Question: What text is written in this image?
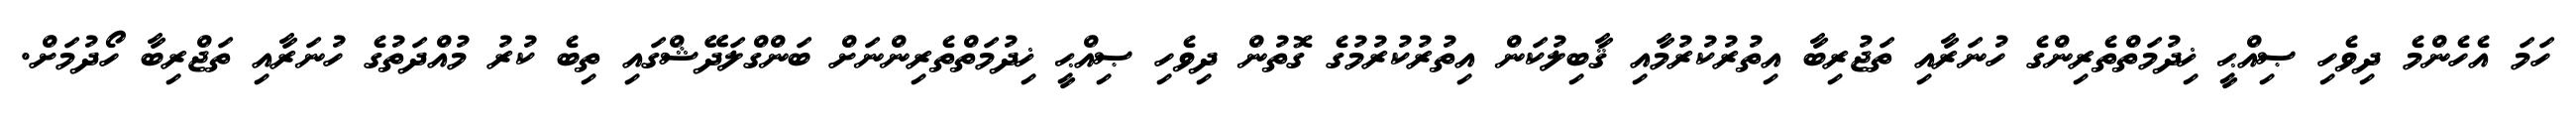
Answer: ހަމަ އެހެންމެ ދިވެހި ޞިއްޙީ ޚިދުމަތްތެރިންގެ ހުނަރާއި ތަޖުރިބާ އިތުރުކުރުމާއި ޤާބިލުކަން އިތުރުކުރުމުގެ ގޮތުން ދިވެހި ޞިއްޙީ ޚިދުމަތްތެރިންނަށް ބަންގްލަދޭޝްގައި ތިބެ ކުރު މުއްދަތުގެ ހުނަރާއި ތަޖްރިބާ ހޯދުމަށް.